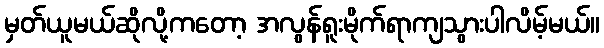
မှတ်ယူမယ်ဆိုလို့ကတော့ အလွန်ရူးမိုက်ရာကျသွားပါလိမ့်မယ်။